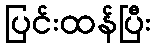
ပြင်းထန်ပြီး